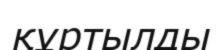
құртылды